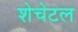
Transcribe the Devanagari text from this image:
शेचेटल